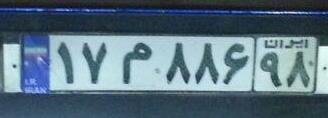
۱۷م۸۸۶۹۸